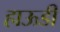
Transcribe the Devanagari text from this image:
हाऊडी